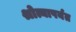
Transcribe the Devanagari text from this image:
श्रोत्यापर्यत